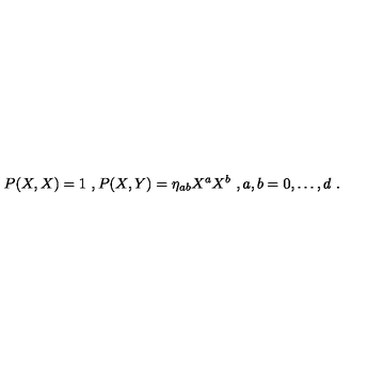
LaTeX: P ( X , X ) = 1 \ , P ( X , Y ) = \eta _ { a b } X ^ { a } X ^ { b } \ , a , b = 0 , \dots , d \ .